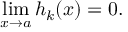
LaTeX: \operatorname* { l i m } _ { x \to a } h _ { k } ( x ) = 0 .